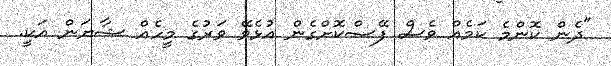
"ދެން ކޮންމެ ކަމެއް ވެސް ފޭސްކޮށްގެން އުޅެވޭ ވަރުގެ މީހެއް ޝާޔަން އަކީ.